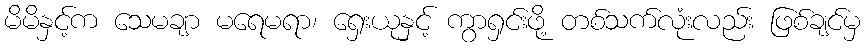
မိမိနှင့်က သေမချာ မရေမရာ၊ ရှေးယုနှင့် ကွာရှင်းဖို့ တစ်သက်လုံးလည်း ဖြစ်ချင်မှ